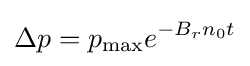
\Delta p=p_{\max }e^{-B_{r}n_{0}t}